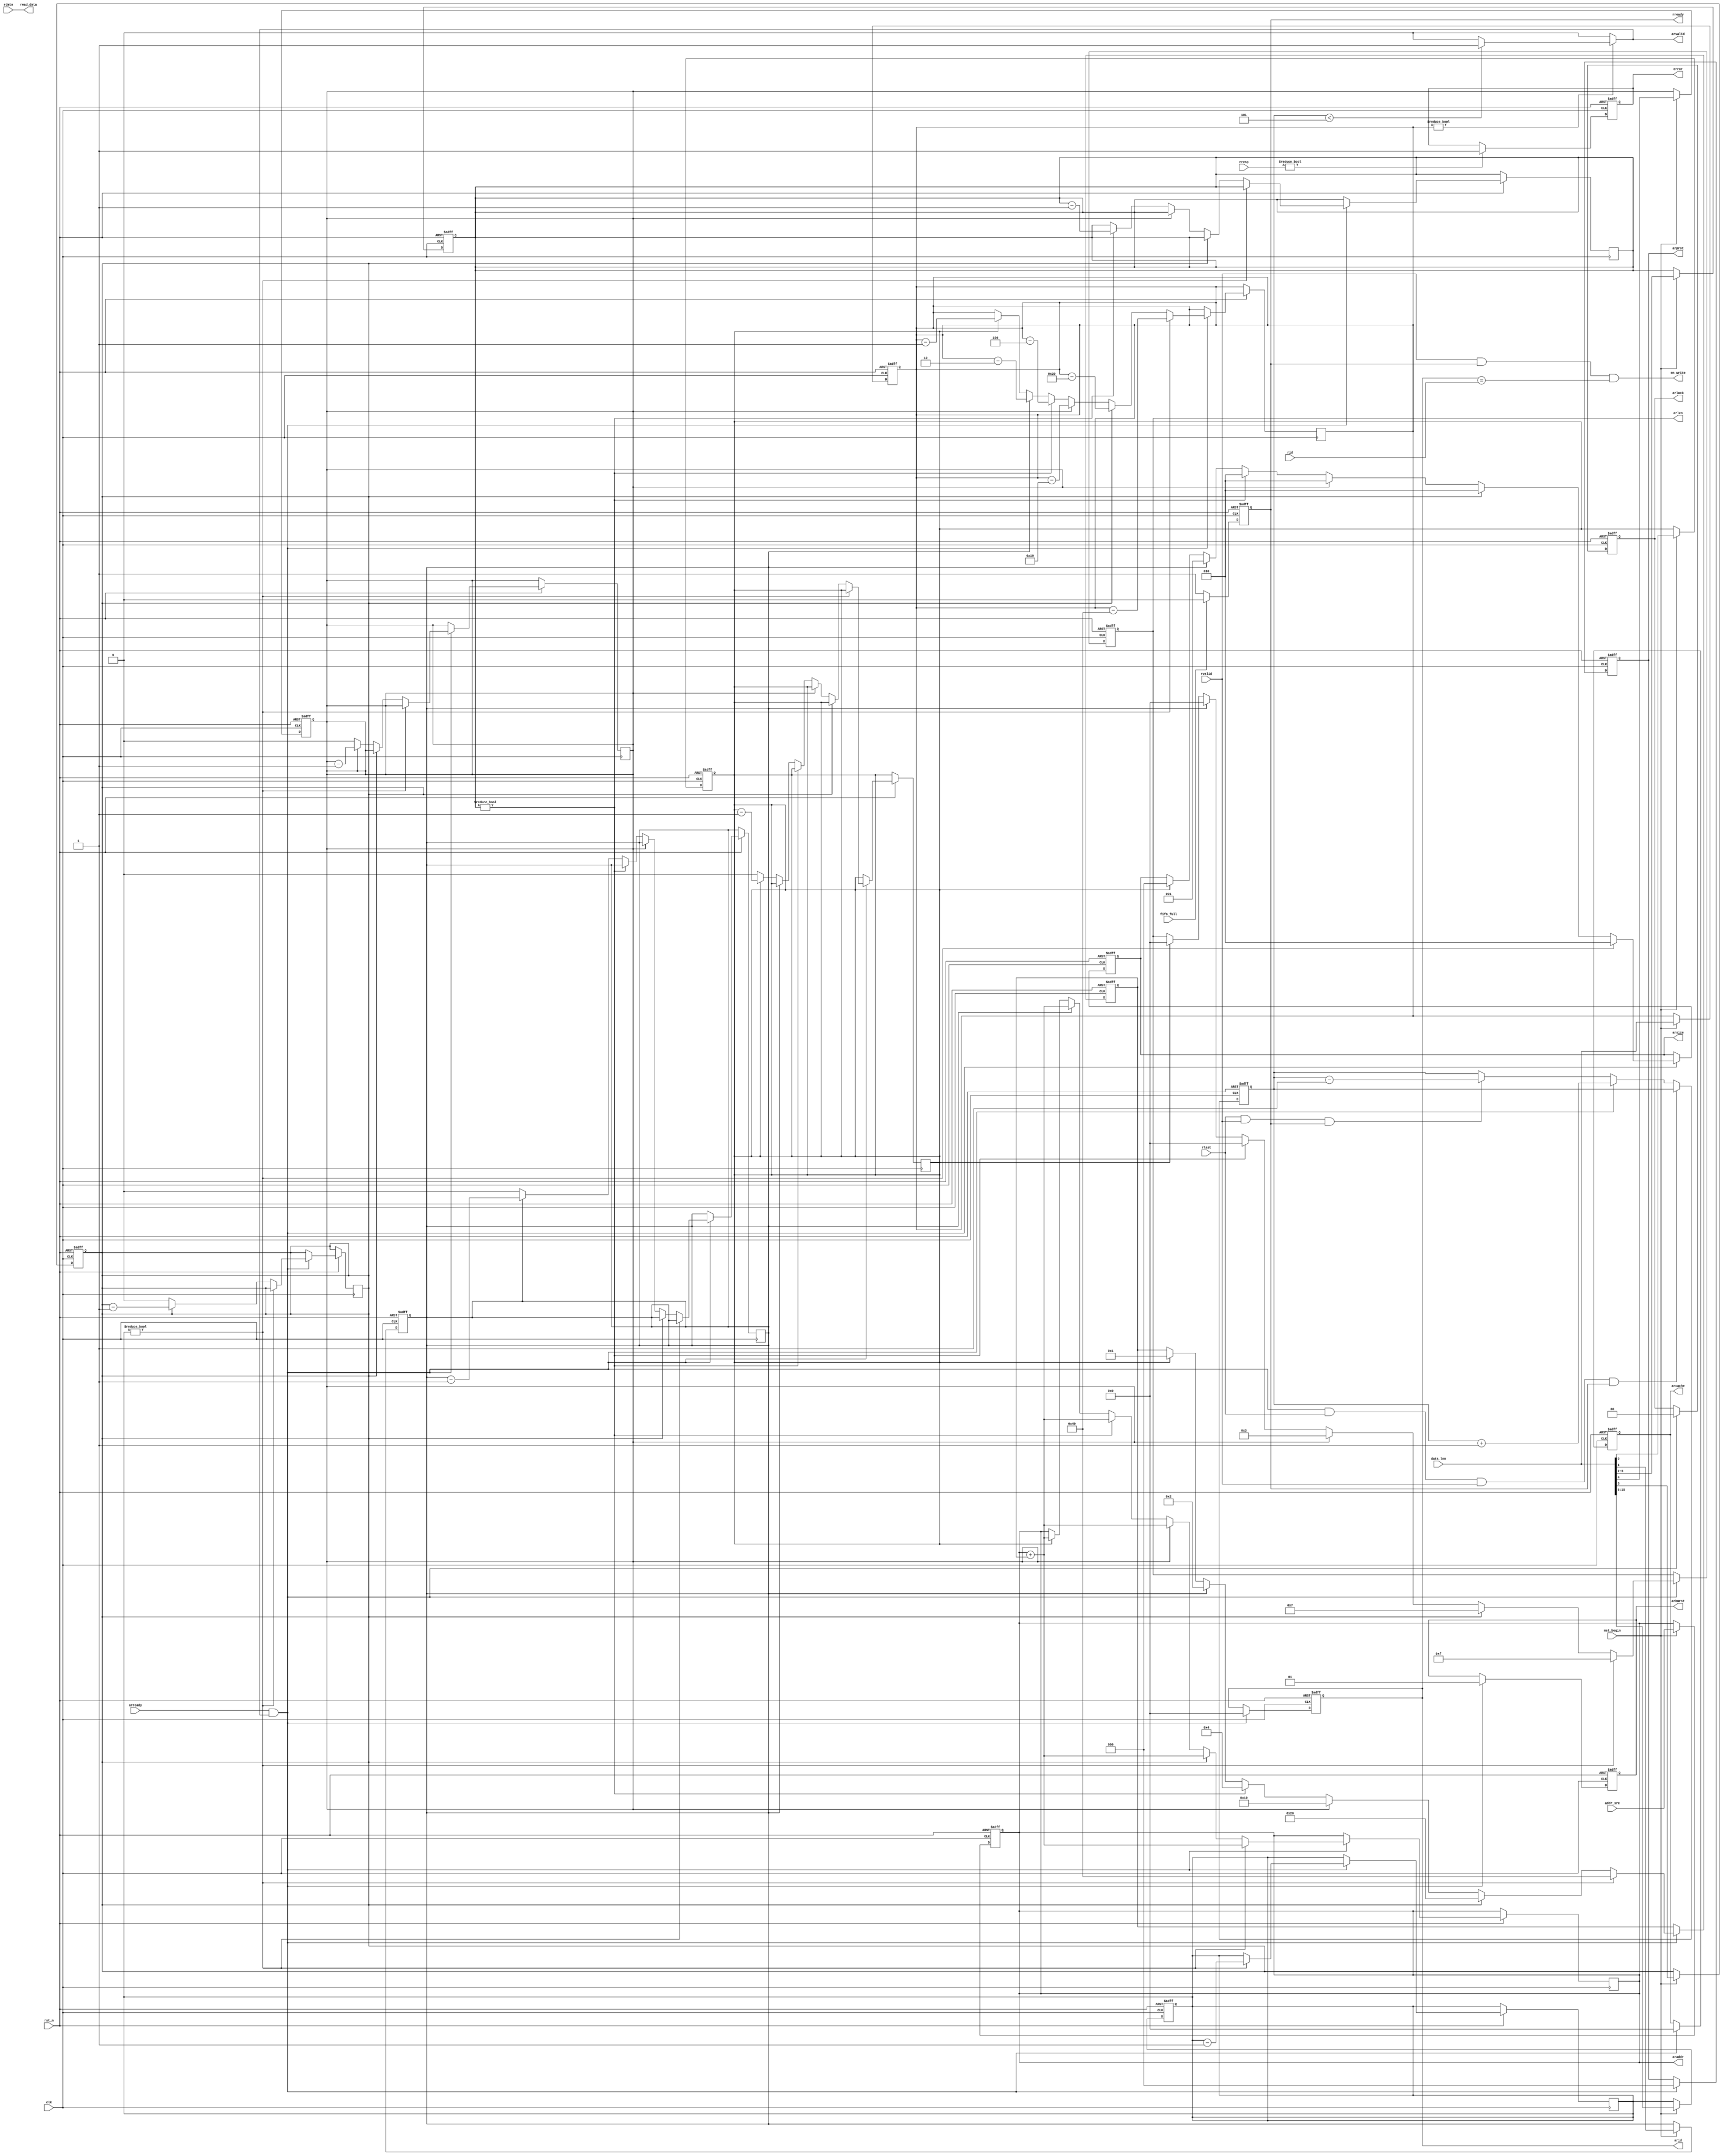
/***********************************************
#
#      Filename: AXI3_mst_read.v
#
#        Author: lixiaofei
#   Description: AXI master, read module.
#        Create: 2019-05-21 09:37:14
#     Copyright: 302-2 Studio
***********************************************/
module AXI3_mst_read #(
parameter ADDR_WIDTH=32,
          DATA_WIDTH=32         
)
(
input           clk,
                rst_n,

input           [ADDR_WIDTH-1:0]addr_src,   //source addr
input           [15:0]data_len,              //length of data
input           mst_begin,                   //slave has received the data, master begin to work




input           fifo_full,                   //stop receive data if asyn-fifo_full is 1, if sync is needed, how to deal with the delay
output          [DATA_WIDTH-1:0]read_data,
output          en_write,                    //enable asyn-fifo to write.              


output reg      error,                 //the memory response bad.for intr!!!!    
  


// read addr channel

input           arready,

output reg      [3:0]arid,
output          [ADDR_WIDTH-1:0]araddr,
output reg      [3:0]arlen,
output reg      [2:0]arsize,
output reg      [1:0]arburst,
output reg      [1:0]arlock,
output reg      [3:0]arcache,
output reg      [2:0]arprot,
output          arvalid,

// read data channel
//
input           [3:0]rid,
input                [DATA_WIDTH-1:0]rdata,
input                [1:0]rresp,
input                rlast,
input                rvalid,

output reg      rready  
);

reg [2:0]count;
reg [6:0]len_reg;


reg [ADDR_WIDTH-1:0]addr_src_reg;
reg [15:0]data_len_reg;

reg [9:0]num_incr16;
reg num_incr8;
reg num_incr4;
reg [1:0]num_incr1_1;
reg num_incr1_2;
reg num_incr1_3;


reg [DATA_WIDTH-1:0]rdata_reg;

//read addr&data channel begin--------------------------------------------------

always@(posedge clk,negedge rst_n) begin
  if(~rst_n) begin
    addr_src_reg<=0;
    data_len_reg<=0;
    num_incr16<=0;
    num_incr8<=0;
    num_incr4<=0;
    num_incr1_1<=0;
    num_incr1_2<=0;
    num_incr1_3<=0;
  end
  else if(mst_begin)begin
    addr_src_reg<=addr_src;
    data_len_reg<=data_len;
    num_incr16[9:0]<=data_len[15:6];
    num_incr8<=data_len[5];
    num_incr4<=data_len[4];
    num_incr1_1[1:0]<=data_len[3:2];
    num_incr1_2<=data_len[1];
    num_incr1_3<=data_len[0];
  end
end


assign araddr=addr_src_reg;                            //addr output
assign en_write=rvalid&&rready&&(arid==rid);            //the data read is available
assign read_data=rdata;                                      //output data



always@(posedge clk,negedge rst_n) begin
  if(~rst_n) begin
    
    len_reg<=0;
    arid<=0;
    arlen<=0;
    arsize<=0;
    arburst<=0;
    arlock<=0;
    arcache<=0;
    arprot<=0;

  end

  else if(arready&&arvalid) begin //the first addr send directly,next send should be after the addr before received.
    
    arid<=4'b0000;                                    //outstanding5 
    arburst<=2'b01;
    arlock<=2'b00;
    arcache<=4'b0000;
    arprot<=3'b000;

    if(num_incr16!=0)begin
      num_incr16<=num_incr16-1;
      arlen<=4'b1111;
      arsize<=3'b010;
      data_len_reg<=data_len_reg-64;
      len_reg<=7'd64;
      addr_src_reg<=addr_src_reg+len_reg;           //refresh the awddr output
    end
    else if(num_incr8!=0)begin
      num_incr8<=num_incr8-1;
      arlen<=4'b0111;
      arsize<=3'b010;
      data_len_reg<=data_len_reg-32;
      len_reg<=7'd32;
      addr_src_reg<=addr_src_reg+len_reg;  
    end
    else if(num_incr4!=0)begin
      num_incr4<=num_incr4-1;
      arlen<=4'b0011;
      arsize<=3'b010;
      data_len_reg<=data_len_reg-16;
      len_reg<=7'd16;
      addr_src_reg<=addr_src_reg+len_reg;  
    end
    else if(num_incr1_1!=0)begin 
      num_incr1_1<=num_incr1_1-1;
      arlen<=4'b0000;
      arsize<=3'b010;
      data_len_reg<=data_len_reg-4;      
      len_reg<=7'd4;
      addr_src_reg<=addr_src_reg+len_reg;  
    end
    else if(num_incr1_2!=0)begin
      num_incr1_2<=num_incr1_2-1;
      arlen<=4'b0000;
      arsize<=3'b001;
      data_len_reg<=data_len_reg-2;
      len_reg<=7'd2;
      addr_src_reg<=addr_src_reg+len_reg;  
    end
    else if(num_incr1_3!=0)begin
      num_incr1_3<=num_incr1_3-1;
      arlen<=4'b0000;
      arsize<=3'b000;
      data_len_reg<=data_len_reg-1;
      len_reg<=7'd1;
      addr_src_reg<=addr_src_reg+len_reg;
    end     
  end

end

assign arvalid=data_len_reg?((count<5)?1:0):0;


always@(posedge clk,negedge rst_n) begin                                    //count!!!!!!!!!
  if(~rst_n) 
    count<=0;
  else if(arvalid&&arready&&rlast&&rvalid&&rready)                          //count hold.
    count<=count;
  else if(arvalid&&arready)                                                 //one more addr was sent
    count<=count+1;
  else if(rlast&&rvalid&&rready)                                            //one more burst was written
    count<=count-1;
end



always@(posedge clk,negedge rst_n) begin
  if(~rst_n)
    rready<=1;
  else if(fifo_full)
    rready<=0;
  else
    rready<=1;
end


always@(posedge clk,negedge rst_n) begin                                   
  if(~rst_n)
   error<=0; 
  else if(rresp!=0)
   error<=1;
end 


//read addr&data channel end--------------------------------------------------

endmodule